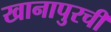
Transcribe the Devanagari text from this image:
खानापुरची